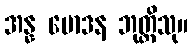
အန္န မောဒန ဘုတ္တိသု။